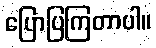
ပြောပြကြတာပါ။